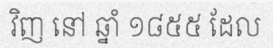
វិញ នៅ ឆ្នាំ ១៨៥៥ ដែល